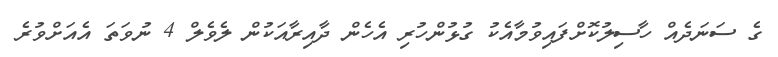
ގެ ސަނަދެއް ހާސިލުކޮށްފައިވުމާއެކު ގުޅުންހުރި އެހެން ދާއިރާއަކުން ލެވެލް 4 ނުވަތަ އެއަށްވުރެ